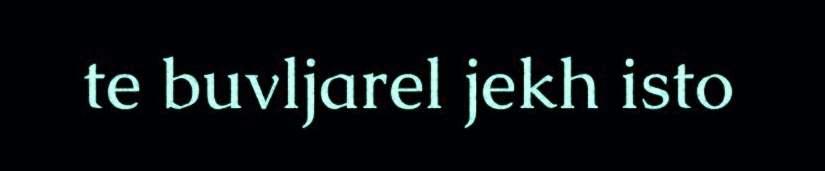
te buvljarel jekh isto